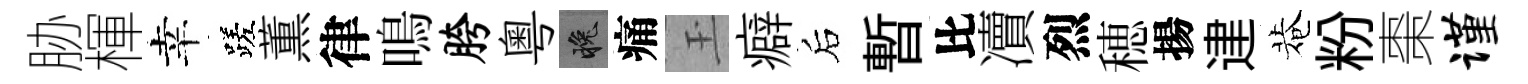
胁楎幸蹉薫律鳴胯粵晚痛玉癖后暫比凟烈穂揚䢖菴粉棗谨